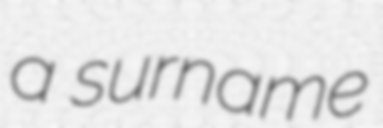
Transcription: a surname